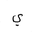
Letter: _ya